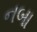
નબા